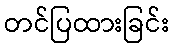
တင်ပြထားခြင်း